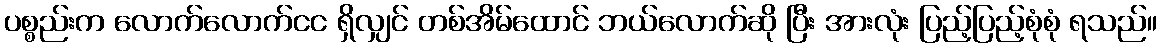
ပစ္စည်းက လောက်လောက်ငင ရှိလျှင် တစ်အိမ်ထောင် ဘယ်လောက်ဆို ပြီး အားလုံး ပြည့်ပြည့်စုံစုံ ရသည်။